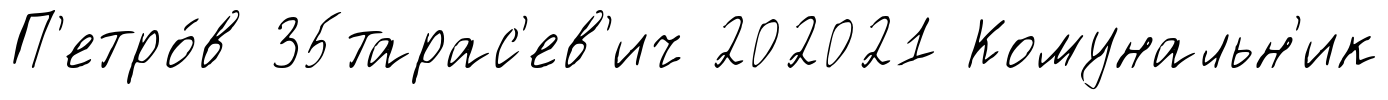
П'етро́в 35тарас'ев'ич 202021 Комунальн'ик